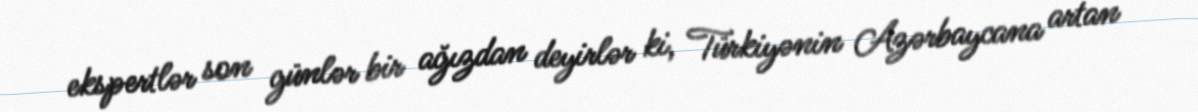
ekspertlər son günlər bir ağızdan deyirlər ki, Türkiyənin Azərbaycana artan